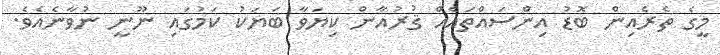
މީގެ ތެރެއިން ބޮޑު އިންސައްތައެއް ޤުރުއާން ކިޔަވާ ބަޔަކު ކަމުގައި ނޫނީ ނުވާނެއެވެ.